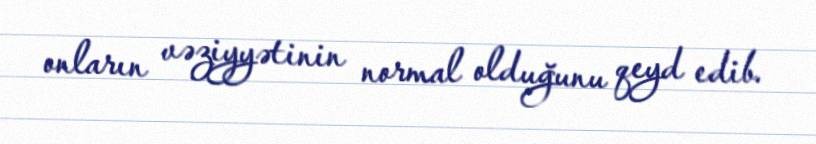
onların vəziyyətinin normal olduğunu qeyd edib.